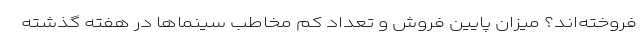
فروخته‌اند؟ میزان پایین فروش و تعداد کم مخاطب سینماها در هفته گذشته